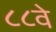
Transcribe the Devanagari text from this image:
८८वे